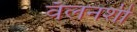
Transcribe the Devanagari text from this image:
वॅलनशी